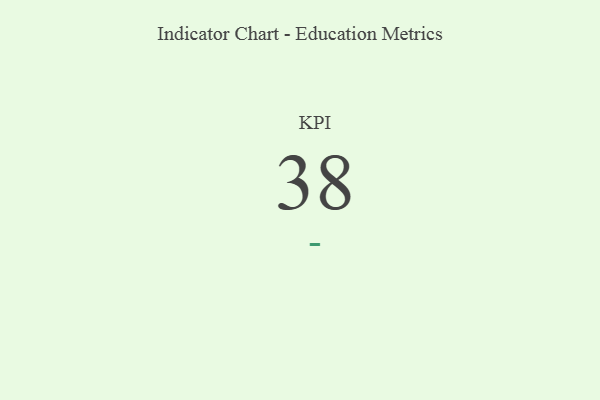
{"axis": {"x": "KPI", "y": "Value"}, "legend": [""], "data": [{"x": "KPI", "y": 38, "type": ""}]}